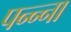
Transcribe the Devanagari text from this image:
पन्‍न्‍ना